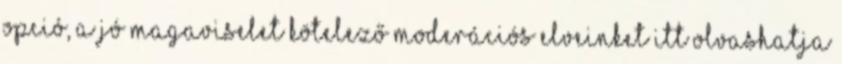
opció, a jó magaviselet kötelező Moderációs elveinket itt olvashatja